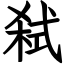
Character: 弑